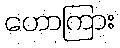
ဟောကြား